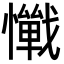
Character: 𢤚